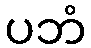
ပဘံ